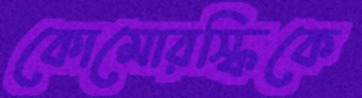
কোমোরস্কিকে